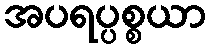
အပရပ္ပစ္စယာ